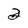
Character: 2